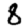
Digit: 8